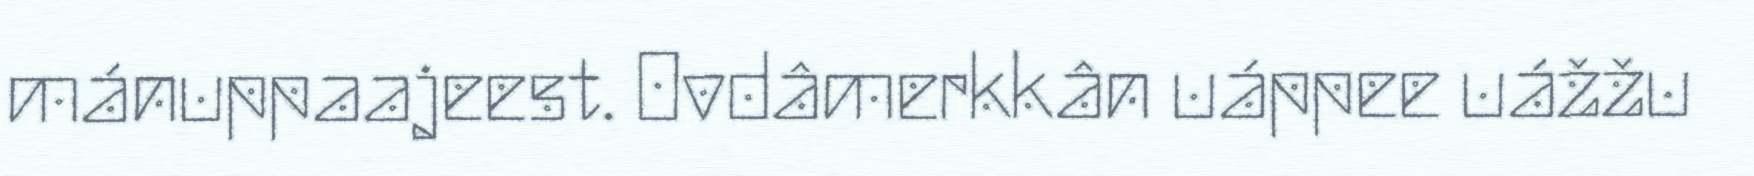
mánuppaajeest. Ovdâmerkkân uáppee uážžu